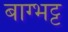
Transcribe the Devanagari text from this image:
बाग्भट्ट